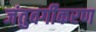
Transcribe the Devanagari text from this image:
जंतुवर्गीकरण